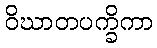
ဝိဃာတပက္ခိကာ